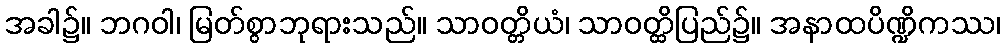
အခါ၌။ ဘဂဝါ၊ မြတ်စွာဘုရားသည်။ သာဝတ္တိယံ၊ သာဝတ္ထိပြည်၌။ အနာထပိဏ္ဍိကဿ၊